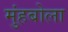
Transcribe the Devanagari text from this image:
मुंहबोला